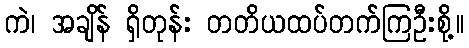
ကဲ၊ အချိန် ရှိတုန်း တတိယထပ်တက်ကြဦးစို့။